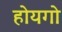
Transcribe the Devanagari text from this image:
होयगो